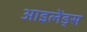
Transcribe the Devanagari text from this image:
आइलेंड्स